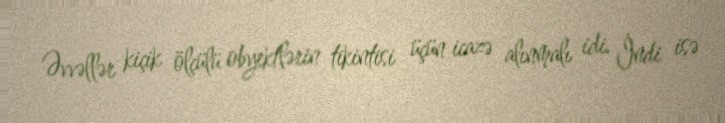
Əvvəllər kiçik ölçülü obyektlərin tikintisi üçün icazə alınmalı idi. İndi isə